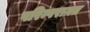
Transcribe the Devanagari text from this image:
परिम्परागत